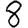
Digit: 8